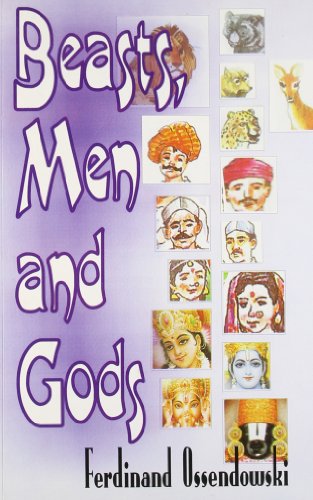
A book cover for Beasts, Men and Gods; Ferdinand Ossendowski; Travel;